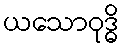
ယသောဝုဒ္ဓိ